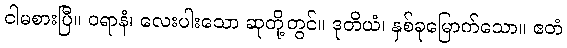
ငါမစားပြီ။ ဝရာနံ၊ လေးပါးသော ဆုတို့တွင်။ ဒုတိယံ၊ နှစ်ခုမြောက်သော။ ဧတံ